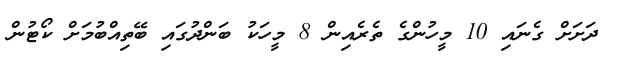
ދަށަށް ގެނައި 10 މީހުންގެ ތެރެއިން 8 މީހަކު ބަންދުގައި ބޭތިއްބުމަށް ކޯޓުން